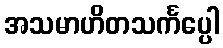
အသမာဟိတသင်္ကပ္ပေါ